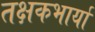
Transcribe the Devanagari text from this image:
तक्षकभार्या